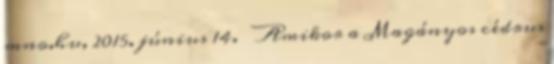
mno.hu, 2015. június 14. ↑ Amikor a Magányos cédrus